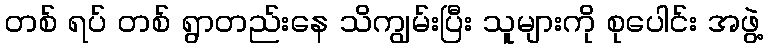
တစ် ရပ် တစ် ရွာတည်းနေ သိကျွမ်းပြီး သူများကို စုပေါင်း အဖွဲ့